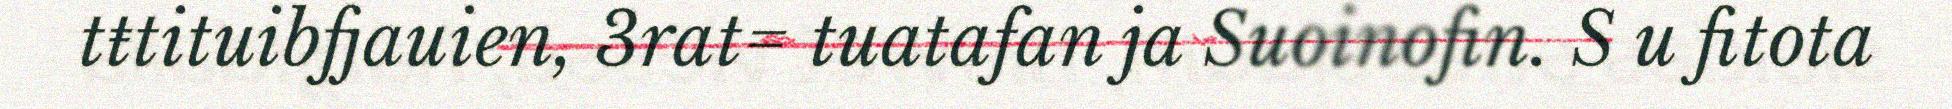
tŧtituibfjauien, 3rat= tuatafan ja Suoinofin. S u fitota